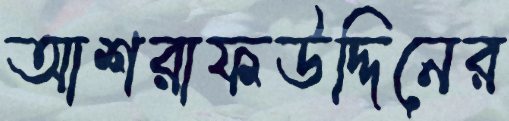
আশরাফউদ্দিনের